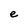
Character: e